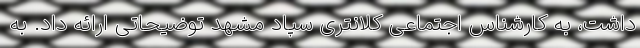
داشت، به کارشناس اجتماعی کلانتری سپاد مشهد توضیحاتی ارائه داد. به